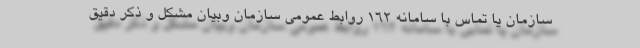
سازمان یا تماس با سامانه ۱۶۲ روابط عمومی سازمان وبیان مشکل و ذکر دقیق